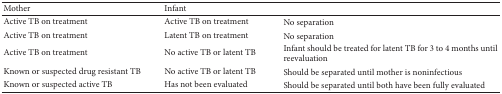
<table><thead><tr><td><b>Mother </b></td><td><b>Infant</b></td><td><b> </b></td></tr></thead><tbody><tr><td>Active TB on treatment</td><td>Active TB on treatment</td><td>No separation</td></tr><tr><td>Active TB on treatment</td><td>Latent TB on treatment</td><td>No separation</td></tr><tr><td>Active TB on treatment</td><td>No active TB or latent TB</td><td>Infant should be treated for latent TB for 3 to 4 months until reevaluation</td></tr><tr><td>Known or suspected drug resistant TB</td><td>No active TB or latent TB</td><td>Should be separated until mother is noninfectious</td></tr><tr><td>Known or suspected active TB</td><td>Has not been evaluated</td><td>Should be separated until both have been fully evaluated</td></tr></tbody></table>